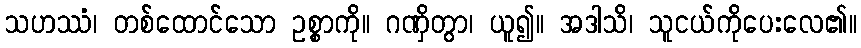
သဟဿံ၊ တစ်ထောင်သော ဥစ္စာကို။ ဂဏှိတွာ၊ ယူ၍။ အဒါသိ၊ သူငယ်ကိုပေးလေ၏။